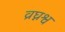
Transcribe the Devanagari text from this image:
व्रघ्नश्व